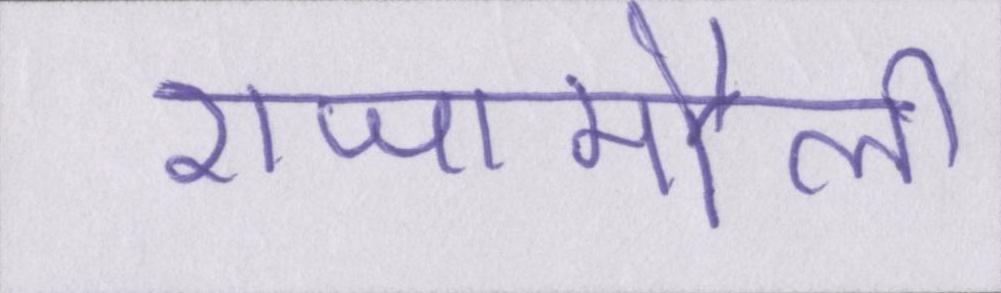
राजामौली